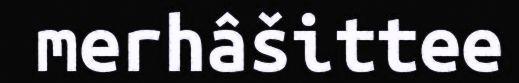
merhâšittee